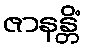
ဇာနန္တိံ